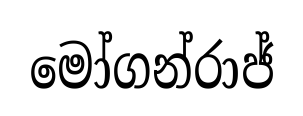
මෝගන්රාජ්